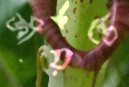
জীয়ন্তে